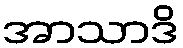
အာသာဒိ